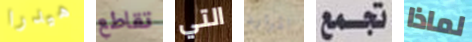
هيدرا تقاطع التي الموارد تجمع لماذا